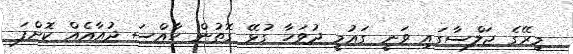
މިރޭގެ ޖަލްސާގައި ވަނީ ގައުމީ ދުވަހާ ގުޅޭ ގޮތުން ހާއްސަ ދުއާއެއް ކޮށްފަ